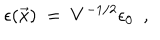
LaTeX: \epsilon ( \vec { x } ) ~ = ~ V ^ { - 1 / 2 } \epsilon _ { 0 } \ \ ,